Civil Veterinary Department. United Provinces 1932-42 - 1932-1942
Year: 1932
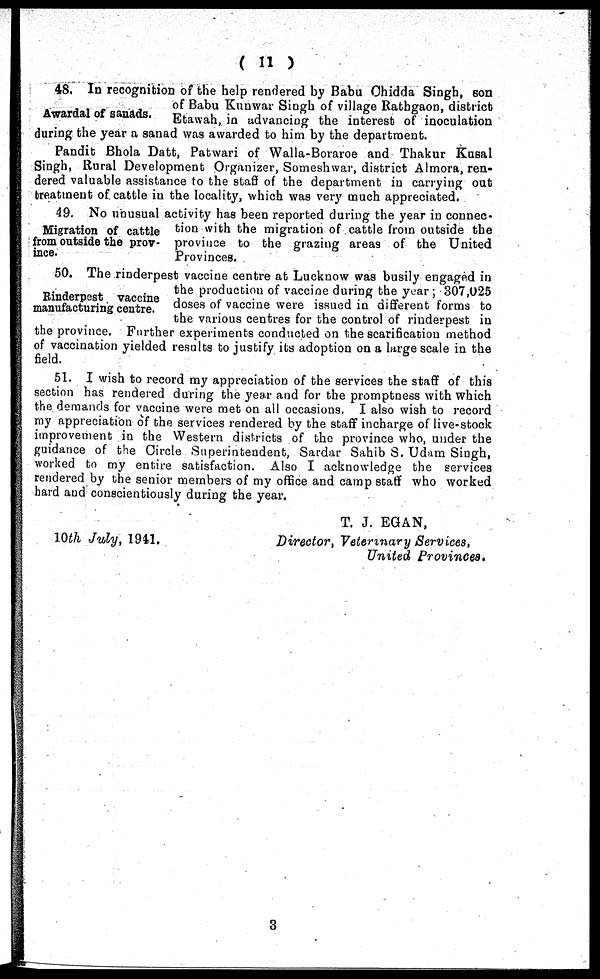
( 11 )
Awardal of sanads.
48. In recognition of the help rendered by Babu Chidda Singh, son
of Babu Kunwar Singh of village Rathgaon, district
Etawah, in advancing the interest of inoculation
during the year a sanad was awarded to him by the department.
Pandit Bhola Datt, Patwari of Walla-Boraroe and Thakur Kusal
Singh, Rural Development Organizer, Someshwar, district Almora, ren-
dered valuable assistance to the staff of the department in carrying out
treatment of. cattle in the locality, which was very much appreciated.
Migration of cattle
from outside the prov-
ince.
49. No unusual activity has been reported during the year in connec-
tion with the migration of cattle from outside the
province to the grazing areas of the United
Provinces.
Rinderpest vaccine
manufacturing centre.
50. The rinderpest vaccine centre at Lucknow was busily engaged in
the production of vaccine during the year ; 307,025
doses of vaccine were issued in different forms to
the various centres for the control of rinderpest in
the province. Further experiments conducted on the scarification method
of vaccination yielded results to justify its adoption on a large scale in the
field.
51. I wish to record my appreciation of the services the staff of this
section has rendered during the year and for the promptness with which
the demands for vaccine were met on all occasions. I also wish to record
my appreciation of the services rendered by the staff incharge of live-stock
improvement in the Western districts of the province who, under the
guidance of the Circle Superintendent, Sardar Sahib S. Udam Singh,
worked to my entire satisfaction. Also I acknowledge the services
rendered by the senior members of my office and camp staff who worked
hard and conscientiously during the year.
10th July, 1941.
T. J. EGAN,
Director, Veterinary
Services,
United Provinces.